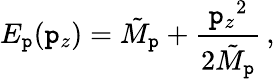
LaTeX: E_{\mathtt{p}}(\mathtt{p}_{z})={\tilde{{M}}}_{\mathtt{p}}+{\frac{{{\mathtt{p}_{z}}^{2}}}{{2{\tilde{{M}}}_{\mathtt{p}}}}}\, ,